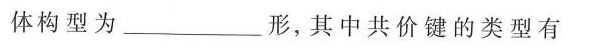
体构型为__________形，其中共价键的类型有